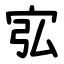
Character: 宖